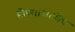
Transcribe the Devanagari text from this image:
होण्याआधिच